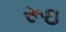
રૂઇ